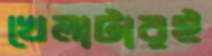
খেলাটারই